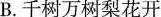
B. 千树万树梨花开